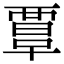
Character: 𧟹